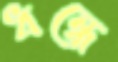
ধন্ধে